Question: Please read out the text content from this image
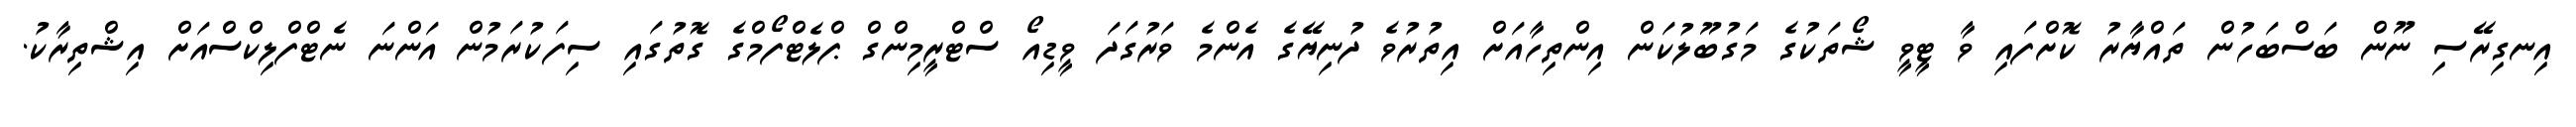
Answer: އިނގިރޭސި ނޫން ބަސްބަހުން ތައްޔާރު ކޮށްފައި ވާ ޓީވީ ޝޯތަކުގެ މަގުބޫލުކަން އިންތިހާއަށް އިތުރުވެ ދުނިޔޭގެ އެންމެ ވަރުގަދަ ވީޑިއޯ ސްޓްރީމިންގް ޕްލެޓްފޯމްގެ ގޮތުގައި ސިފަކުރަމުން އަންނަ ނެޓްފްލިކްސްއަށް އިޝްތިރާކު.